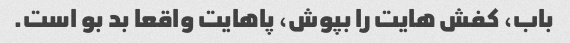
باب، کفش هایت را بپوش، پاهایت واقعا بد بو است.